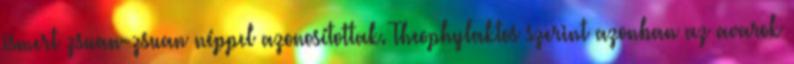
ismert zsuan-zsuan néppel azonosítottak. Theophylaktos szerint azonban az avarok